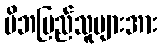
မိဘပြည်သူများအား